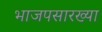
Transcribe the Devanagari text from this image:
भाजपसारख्या